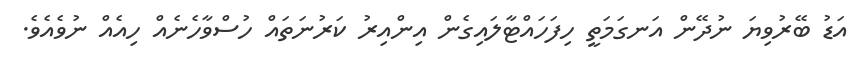
އަޑު ބޭރުވިޔަ ނުދޭން އަނގަމަތީ ހިފަހައްޓާލައިގެން އިންއިރު ކަރުނަތައް ހުސްވާހެނެއް ހިއެއް ނުވެއެވެ.